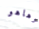
وهاهو